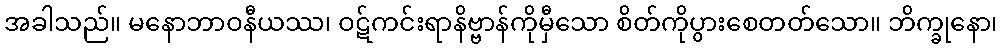
အခါသည်။ မနောဘာဝနီယဿ၊ ဝဋ်ကင်းရာနိဗ္ဗာန်ကိုမှီသော စိတ်ကိုပွားစေတတ်သော။ ဘိက္ခုနော၊